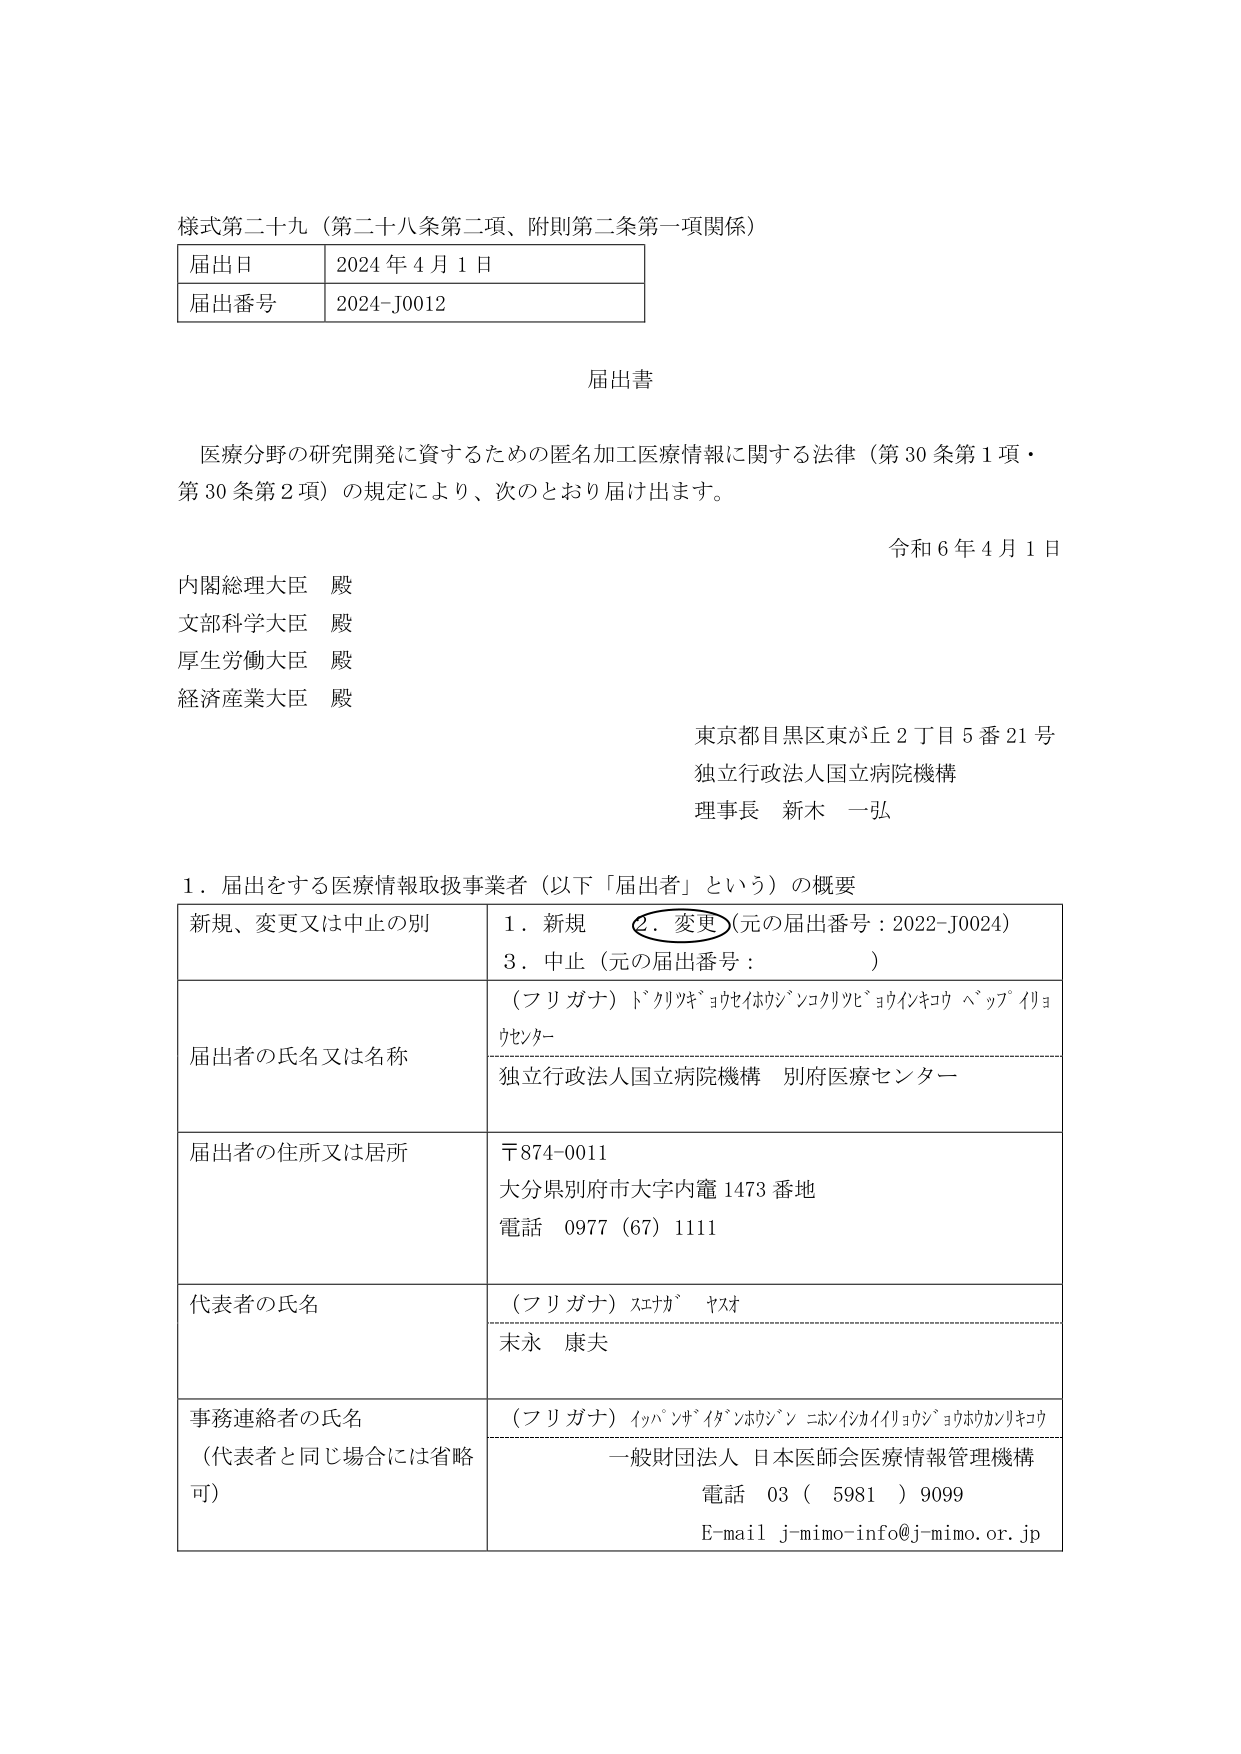
様式第二十九（第二十八条第二項、附則第二条第一項関係）

届出日　2024年4月1日
届出番号　2024-J0012

届出書

医療分野の研究開発に資するための匿名加工医療情報に関する法律（第30条第1項・第30条第2項）の規定により、次のとおり届け出ます。

令和6年4月1日

内閣総理大臣 殿
文部科学大臣 殿
厚生労働大臣 殿
経済産業大臣 殿

東京都目黒区東が丘2丁目5番21号
独立行政法人国立病院機構
理事長 新木 一弘

1．届出をする医療情報取扱事業者（以下「届出者」という）の概要

| 新規、変更又は中止の別 | 1．新規　2．変更（元の届出番号：2022-J0024）　3．中止（元の届出番号：　　　　　） |
|--------------------------|----------------------------------------------------------------------------------|
| 届出者の氏名又は名称    | （フリガナ）ドクリツキョセイホウジンコクリツビョウインキコウ ベツフウ イリョウセンター<br>独立行政法人国立病院機構 別府医療センター |
| 届出者の住所又は居所    | 〒874-0011<br>大分県別府市大字内竈1473番地<br>電話 0977（67）1111 |
| 代表者の氏名            | （フリガナ）スエカ゛ ヤスオ<br>末永 康夫 |
| 事務連絡者の氏名<br>（代表者と同じ場合には省略可） | （フリガナ）イハ゛ンザ゛イタ゛ンホウジン ニホンイシカイイリョウジ゛ョウホウカンリキコウ<br>一般財団法人 日本医師会医療情報管理機構<br>電話 03（5981）9099<br>E-mail j-mimo-info@j-mimo.or.jp |